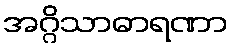
အဂ္ဂိသာဓာရဏာ